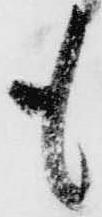
も